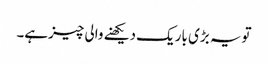
تویہ بڑی باریک دیکھنے والی چیزہے۔